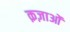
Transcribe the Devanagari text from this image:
क़ज़ाओं